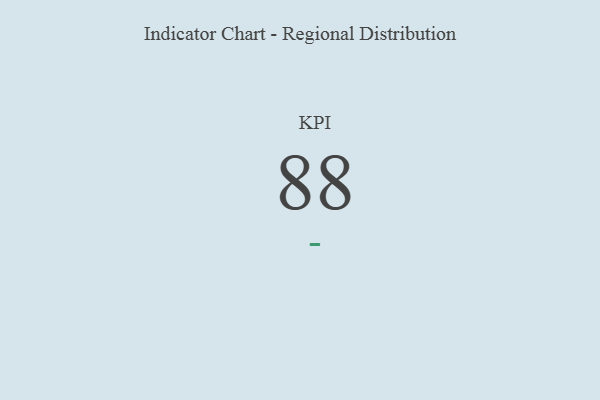
{"axis": {"x": "KPI", "y": "Value"}, "legend": [""], "data": [{"x": "KPI", "y": 88, "type": ""}]}